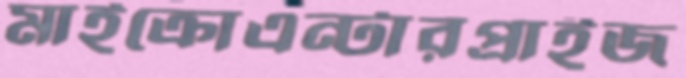
মাইক্রোএন্টারপ্রাইজ